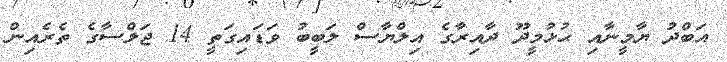
އަބްދު ޔާމީނާއި ޙުޅުމީދޫ ދާއިރާގެ އިލްޔާސް ލަބީބު ވަޑައިގަތީ 14 ޖަލްސާގެ ތެރެއިން